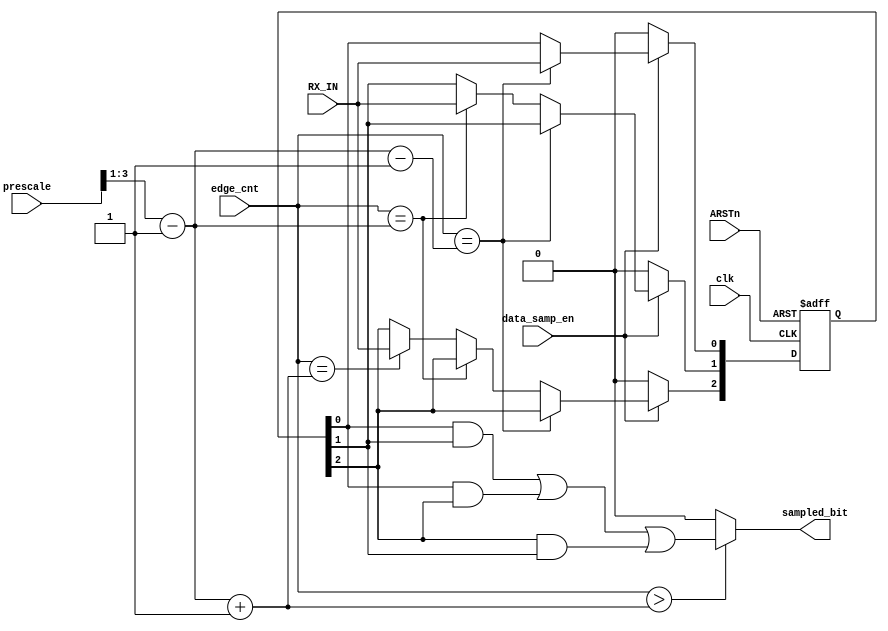
module RX_data_sampling (
	input        clk,    // Clock
	input        ARSTn,  // Asynchronous reset active low
	input        data_samp_en,
	input  [2:0] edge_cnt,
	input        RX_IN,
	input  [4:0] prescale,
	output reg   sampled_bit	
);
reg  [2:0] samples; 
wire [2:0] half,pre_half,post_half;

assign half=(prescale>>1)-1'b1;
assign pre_half = half-1'b1;
assign post_half = half+1'b1;


always @(posedge clk or negedge ARSTn) begin 
	if(~ARSTn) 
		samples <= 3'b0;
	
	else
	 begin
		if(data_samp_en) begin
			if(edge_cnt==pre_half)
				samples[0]<=RX_IN;
			else if(edge_cnt==half)
				samples[1]<=RX_IN;
			else if(edge_cnt==post_half)
			    samples[2]<=RX_IN;
			else
			    samples<=samples;				
		end

		else
			samples<=3'b0;
	 end
end

always @(*) begin 

	  if (edge_cnt>post_half)
	    	sampled_bit = (samples[0] & samples[1])  | (samples[0] & samples[2]) | (samples[2] & samples[1]);
      else
      	    sampled_bit=0;	
end

endmodule


/*
module TB();
reg	clk;    // Clock
reg	ARSTn;  // Asynchronous reset active low
reg	data_samp_en;
reg [2:0] edge_cnt;
reg	RX_IN;
reg [5:0] prescale;
wire   sampled_bit;

RX_data_sampling M (.*);

initial begin
	clk=0;
	forever  #1 clk = ~clk;
end

initial begin
	$display("Starting Test");
	ARSTn=0;
	data_samp_en=0;
	edge_cnt=0;
	RX_IN=1;
	prescale=8;
	#2;
	ARSTn=1;
	data_samp_en=1;
	edge_cnt=0;
	RX_IN=1;
	#2;
	edge_cnt=1;
	#2;
	edge_cnt=2;
	#2;
	edge_cnt=3;
	#2;
	RX_IN=0;
	edge_cnt=4;
	#2;
	edge_cnt=5;
	#2;
	edge_cnt=6;
	#2;
	edge_cnt=7;
	#1 $stop;
end
endmodule*/